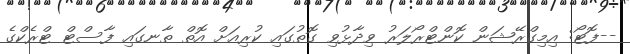
--ފޮޓޯ: އިމިގްރޭޝަން ކޮންޓްރޯލަރު ވިދާޅުވި ގޮތުގައި ކުރިއަށް އޮތް ތާނގައި ފާސްޓް ޓްރެކްގެ